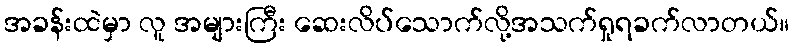
အခန်းထဲမှာ လူ အများကြီး ဆေးလိပ်သောက်လို့အသက်ရှုရခက်လာတယ်။